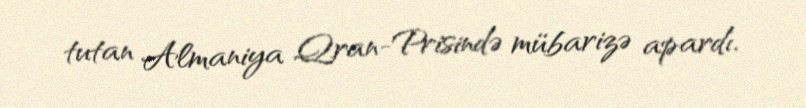
tutan Almaniya Qran-Prisində mübarizə apardı.